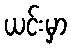
ယင်းမှာ